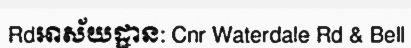
Rdអាស័យដ្ឋាន: Cnr Waterdale Rd & Bell